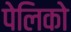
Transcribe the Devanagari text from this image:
पेलिको